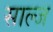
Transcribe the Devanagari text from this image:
साल्ज